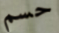
حسم